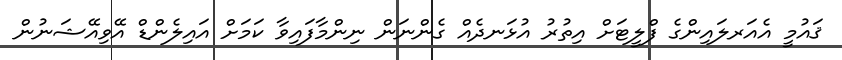
ޤައުމީ އެއަރލައިންގެ ފްލީޓަށް އިތުރު އުޅަނދެއް ގެންނަން ނިންމާފައިވާ ކަމަށް އައިލެންޑް އޭވިއޭޝަނުން